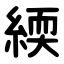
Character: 緛